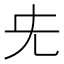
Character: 兂